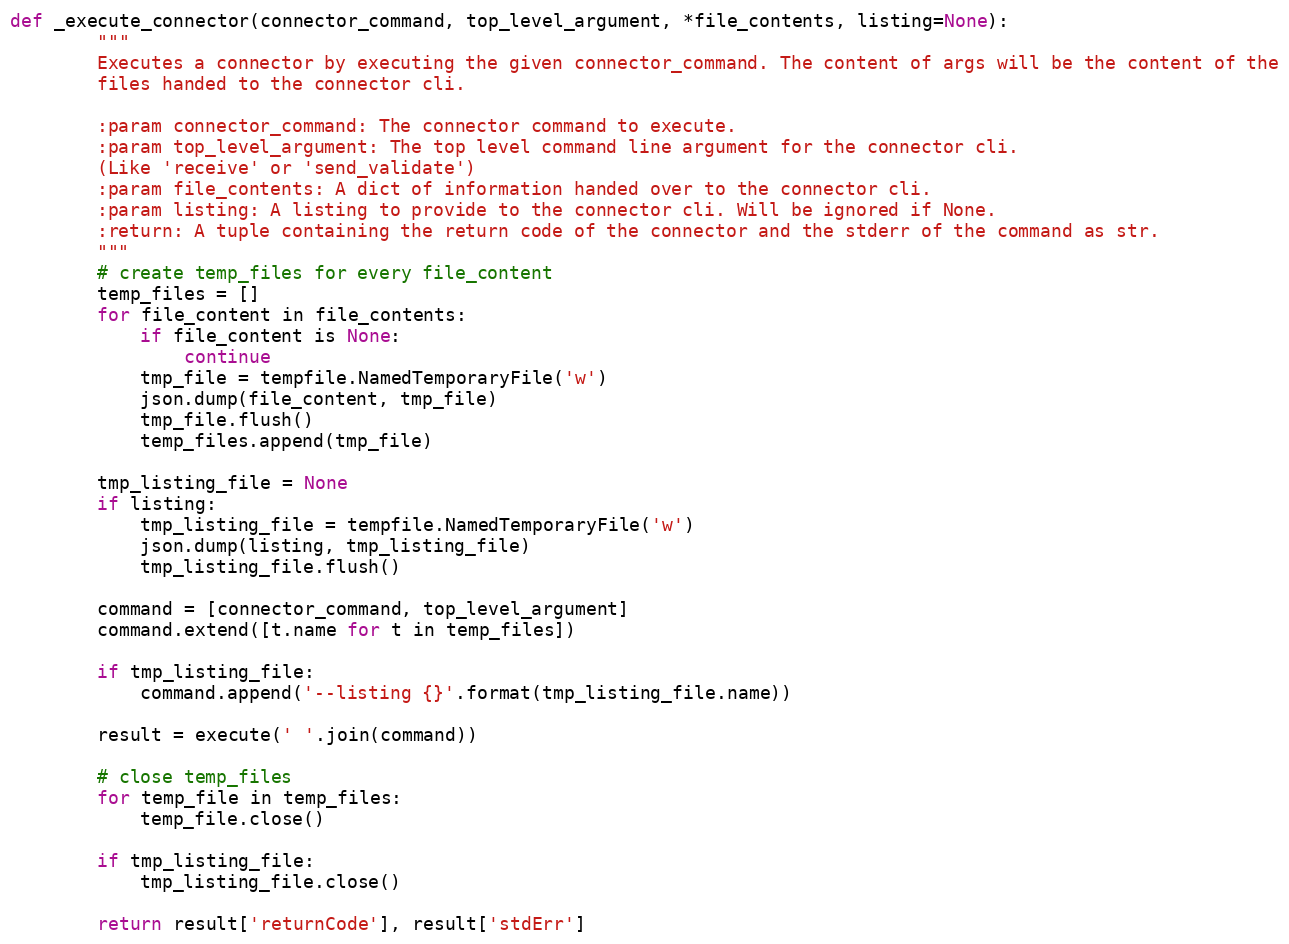
Language: Python
def _execute_connector(connector_command, top_level_argument, *file_contents, listing=None):
        """
        Executes a connector by executing the given connector_command. The content of args will be the content of the
        files handed to the connector cli.

        :param connector_command: The connector command to execute.
        :param top_level_argument: The top level command line argument for the connector cli.
        (Like 'receive' or 'send_validate')
        :param file_contents: A dict of information handed over to the connector cli.
        :param listing: A listing to provide to the connector cli. Will be ignored if None.
        :return: A tuple containing the return code of the connector and the stderr of the command as str.
        """
        # create temp_files for every file_content
        temp_files = []
        for file_content in file_contents:
            if file_content is None:
                continue
            tmp_file = tempfile.NamedTemporaryFile('w')
            json.dump(file_content, tmp_file)
            tmp_file.flush()
            temp_files.append(tmp_file)

        tmp_listing_file = None
        if listing:
            tmp_listing_file = tempfile.NamedTemporaryFile('w')
            json.dump(listing, tmp_listing_file)
            tmp_listing_file.flush()

        command = [connector_command, top_level_argument]
        command.extend([t.name for t in temp_files])

        if tmp_listing_file:
            command.append('--listing {}'.format(tmp_listing_file.name))

        result = execute(' '.join(command))

        # close temp_files
        for temp_file in temp_files:
            temp_file.close()

        if tmp_listing_file:
            tmp_listing_file.close()

        return result['returnCode'], result['stdErr']